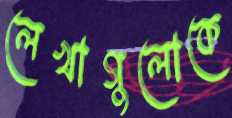
লেখাগুলোকে